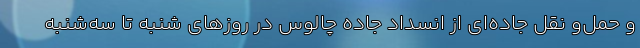
و حمل‌و نقل جاده‌ای از انسداد جاده چالوس در روزهای شنبه تا سه‌شنبه